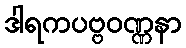
ဒါရကပဗ္ဗဝဏ္ဏနာ